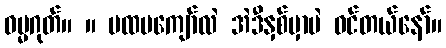
ဓမ္မဂုတ်။ ။ ပထမကျော်လဲ အဲဒီနှစ်မှာပဲ ဝင်တယ်နော်။